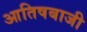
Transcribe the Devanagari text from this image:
आतिषबाजी